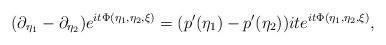
LaTeX: \begin{align*}(\partial_{\eta_1}-\partial_{\eta_2})e^{it\Phi(\eta_1, \eta_2, \xi)}=(p'(\eta_1)-p'(\eta_2))ite^{it\Phi(\eta_1, \eta_2, \xi)},\end{align*}